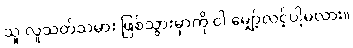
သူ လူသတ်သမား ဖြစ်သွားမှာကို ငါ မျှော့်လင့်ပါ့မလား။